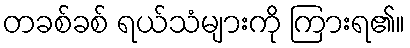
တခစ်ခစ် ရယ်သံများကို ကြားရ၏။